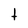
Character: t